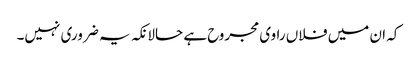
کہ ان میں فلاں راوی مجروح ہے حالانکہ یہ ضروری نہیں۔